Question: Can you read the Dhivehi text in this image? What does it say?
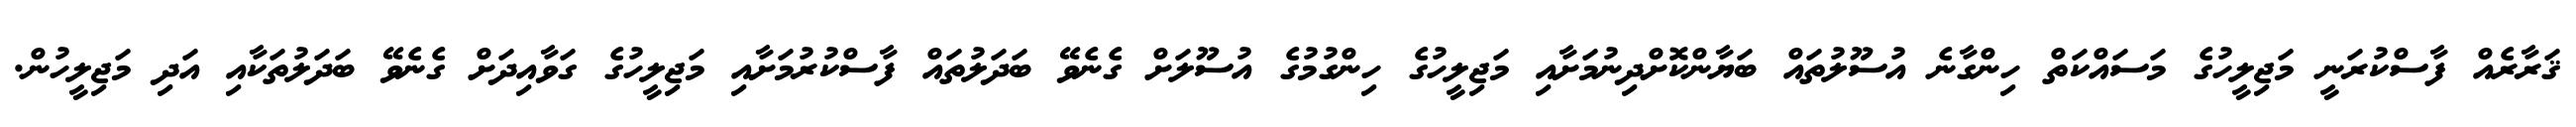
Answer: ޤަރާރެއް ފާސްކުރަނީ މަޖިލީހުގެ މަސައްކަތް ހިންގާނެ އުސޫލުތައް ބަޔާންކޮށްދިނުމަށާއި މަޖިލީހުގެ ހިންގުމުގެ އުސޫލަށް ގެނެވޭ ބަދަލުތައް ފާސްކުރުމަށާއި މަޖިލީހުގެ ގަވާއިދަށް ގެނެވޭ ބަދަލުތަކާއި އަދި މަޖިލީހުން.